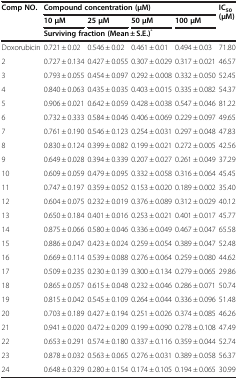
<table><thead><tr><td rowspan="3"><b>Comp NO.</b></td><td colspan="4"><b>Compound concentration (μM)</b></td><td rowspan="3"><b>IC<sub>50 </sub>(μM)</b></td></tr><tr><td><b>10 μM</b></td><td><b>25 μM</b></td><td><b>50 μM</b></td><td><b>100 μM</b></td></tr><tr><td colspan="4"><b>Surviving fraction (Mean ± S.E.)<sup>*</sup></b></td></tr></thead><tbody><tr><td>Doxorubicin</td><td>0.721 ± 0.02</td><td>0.546 ± 0.02</td><td>0.461 ± 0.01</td><td>0.494 ± 0.03</td><td>71.80</td></tr><tr><td>2</td><td>0.727 ± 0.134</td><td>0.427 ± 0.055</td><td>0.307 ± 0.029</td><td>0.317 ± 0.021</td><td>46.57</td></tr><tr><td>3</td><td>0.793 ± 0.055</td><td>0.454 ± 0.097</td><td>0.292 ± 0.008</td><td>0.332 ± 0.050</td><td>52.45</td></tr><tr><td>4</td><td>0.840 ± 0.063</td><td>0.435 ± 0.035</td><td>0.403 ± 0.015</td><td>0.335 ± 0.082</td><td>54.37</td></tr><tr><td>5</td><td>0.906 ± 0.021</td><td>0.642 ± 0.059</td><td>0.428 ± 0.038</td><td>0.547 ± 0.046</td><td>81.22</td></tr><tr><td>6</td><td>0.732 ± 0.333</td><td>0.584 ± 0.046</td><td>0.406 ± 0.069</td><td>0.229 ± 0.097</td><td>49.65</td></tr><tr><td>7</td><td>0.761 ± 0.190</td><td>0.546 ± 0.123</td><td>0.254 ± 0.031</td><td>0.297 ± 0.048</td><td>47.83</td></tr><tr><td>8</td><td>0.830 ± 0.124</td><td>0.399 ± 0.082</td><td>0.199 ± 0.021</td><td>0.272 ± 0.005</td><td>42.56</td></tr><tr><td>9</td><td>0.649 ± 0.028</td><td>0.394 ± 0.339</td><td>0.207 ± 0.027</td><td>0.261 ± 0.049</td><td>37.29</td></tr><tr><td>10</td><td>0.609 ± 0.059</td><td>0.479 ± 0.095</td><td>0.332 ± 0.058</td><td>0.316 ± 0.064</td><td>45.45</td></tr><tr><td>11</td><td>0.747 ± 0.197</td><td>0.359 ± 0.052</td><td>0.153 ± 0.020</td><td>0.189 ± 0.002</td><td>35.40</td></tr><tr><td>12</td><td>0.604 ± 0.075</td><td>0.232 ± 0.019</td><td>0.376 ± 0.089</td><td>0.312 ± 0.029</td><td>40.12</td></tr><tr><td>13</td><td>0.650 ± 0.184</td><td>0.401 ± 0.016</td><td>0.253 ± 0.021</td><td>0.401 ± 0.017</td><td>45.77</td></tr><tr><td>14</td><td>0.875 ± 0.066</td><td>0.580 ± 0.046</td><td>0.336 ± 0.049</td><td>0.467 ± 0.047</td><td>65.58</td></tr><tr><td>15</td><td>0.886 ± 0.047</td><td>0.423 ± 0.024</td><td>0.259 ± 0.054</td><td>0.389 ± 0.047</td><td>52.48</td></tr><tr><td>16</td><td>0.669 ± 0.114</td><td>0.539 ± 0.088</td><td>0.276 ± 0.064</td><td>0.259 ± 0.080</td><td>44.62</td></tr><tr><td>17</td><td>0.509 ± 0.235</td><td>0.230 ± 0.139</td><td>0.300 ± 0.134</td><td>0.279 ± 0.065</td><td>29.86</td></tr><tr><td>18</td><td>0.865 ± 0.057</td><td>0.615 ± 0.048</td><td>0.232 ± 0.046</td><td>0.286 ± 0.071</td><td>50.74</td></tr><tr><td>19</td><td>0.815 ± 0.042</td><td>0.545 ± 0.109</td><td>0.264 ± 0.044</td><td>0.336 ± 0.096</td><td>51.48</td></tr><tr><td>20</td><td>0.703 ± 0.189</td><td>0.427 ± 0.194</td><td>0.251 ± 0.026</td><td>0.374 ± 0.085</td><td>46.26</td></tr><tr><td>21</td><td>0.941 ± 0.020</td><td>0.472 ± 0.209</td><td>0.199 ± 0.090</td><td>0.278 ± 0.108</td><td>47.49</td></tr><tr><td>22</td><td>0.653 ± 0.291</td><td>0.574 ± 0.180</td><td>0.337 ± 0.116</td><td>0.359 ± 0.044</td><td>52.74</td></tr><tr><td>23</td><td>0.878 ± 0.032</td><td>0.563 ± 0.065</td><td>0.276 ± 0.031</td><td>0.389 ± 0.058</td><td>56.37</td></tr><tr><td>24</td><td>0.648 ± 0.329</td><td>0.280 ± 0.154</td><td>0.174 ± 0.105</td><td>0.194 ± 0.065</td><td>30.99</td></tr></tbody></table>